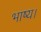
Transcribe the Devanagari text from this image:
भाष्य।